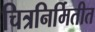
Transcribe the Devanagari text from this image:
चित्रनिर्मितीत